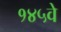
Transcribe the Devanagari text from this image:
१४५वे